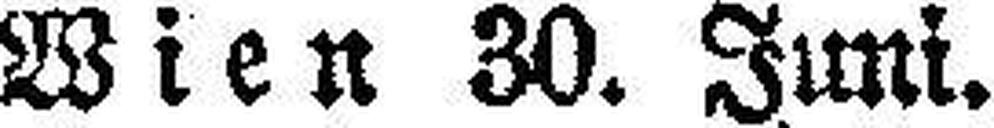
Wien 30. Juni.